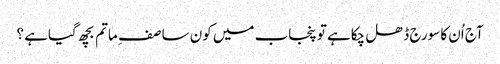
آج اُن کا سورج ڈھل چکاہے تو پنجاب میں کون سا صف ِ ماتم بچھ گیاہے ؟